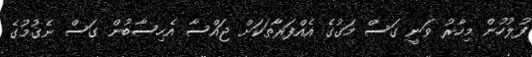
ފުލުހުން މިހާރު ވަނީ ގަސް މަގުގެ އެއްފަރާތަކަށް ޖައްސާ އެހިސާބުން ގަސް ނެގުމުގެ